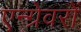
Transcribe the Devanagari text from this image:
एन्ग्रेवरों